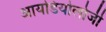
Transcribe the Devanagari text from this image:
आयडियोलोजी